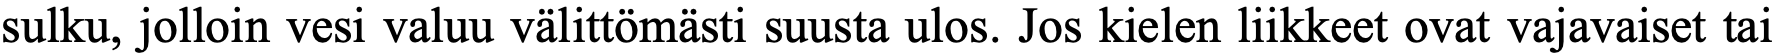
sulku, jolloin vesi valuu välittömästi suusta ulos. Jos kielen liikkeet ovat vajavaiset tai